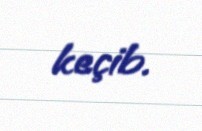
keçib.